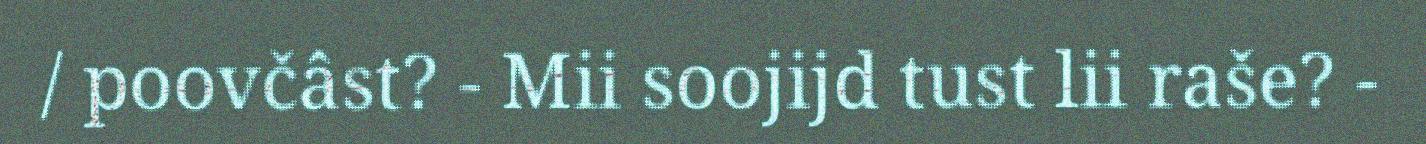
/ poovčâst? - Mii soojijd tust lii raše? -